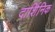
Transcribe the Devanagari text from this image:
दार्शिनिक